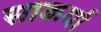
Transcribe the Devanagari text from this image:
साकर्या